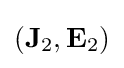
(\mathbf {J} _{2},\mathbf {E} _{2})